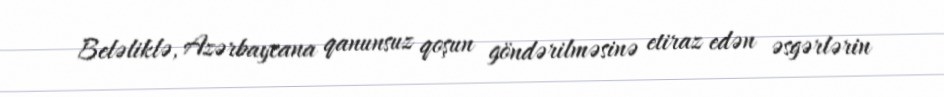
Beləliklə, Azərbaycana qanunsuz qoşun göndərilməsinə etiraz edən əsgərlərin